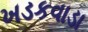
ખડકવાડા